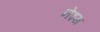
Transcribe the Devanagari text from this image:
नेइस